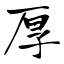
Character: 厚